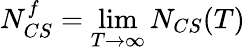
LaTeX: N_{CS}^{f}=\operatorname*{lim}_{T\rightarrow\infty}N_{CS}(T)